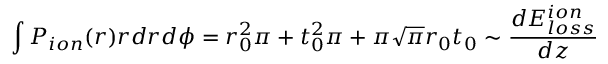
\int P _ { i o n } ( r ) r d r d \phi = r _ { 0 } ^ { 2 } \pi + t _ { 0 } ^ { 2 } \pi + \pi \sqrt { \pi } r _ { 0 } t _ { 0 } \sim \frac { d E _ { l o s s } ^ { i o n } } { d z }